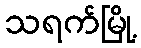
သရက်မြို့